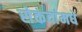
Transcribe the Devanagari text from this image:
सेकंदांमधे